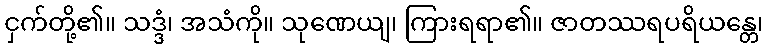
ငှက်တို့၏။ သဒ္ဒံ၊ အသံကို။ သုဏေယျ၊ ကြားရရာ၏။ ဇာတဿရပရိယန္တေ၊